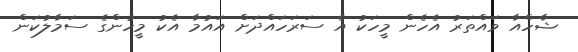
ޝާހްއާ ވައްތަރު އެހެން މީހަކު އެ ސަރަހައްދަށް އައުމާ އެކު މީހުންގެ ސަމާލުކަން